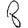
Digit: 8